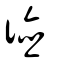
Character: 德